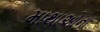
માથાઓના